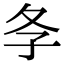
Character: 𡕕